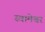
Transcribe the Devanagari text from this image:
स्वामेश्वर